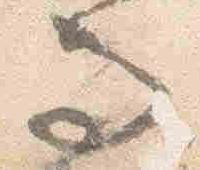
而